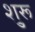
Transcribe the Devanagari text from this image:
शु्रू